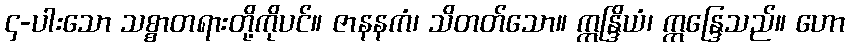
၄-ပါးသော သစ္စာတရားတို့ကိုပင်။ ဇာနနကံ၊ သိတတ်သော။ ဣန္ဒြိယံ၊ ဣန္ဒြေသည်။ ဟော